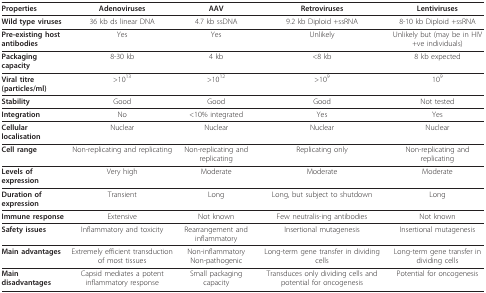
<table><thead><tr><td><b>Properties</b></td><td><b>Adenoviruses</b></td><td><b>AAV</b></td><td><b>Retroviruses</b></td><td><b>Lentiviruses</b></td></tr></thead><tbody><tr><td><b>Wild type viruses</b></td><td>36 kb ds linear DNA</td><td>4.7 kb ssDNA</td><td>9.2 kb Diploid +ssRNA</td><td>8-10 kb Diploid +ssRNA</td></tr><tr><td><b>Pre-existing host antibodies</b></td><td>Yes</td><td>Yes</td><td>Unlikely</td><td>Unlikely but (may be in HIV +ve individuals)</td></tr><tr><td><b>Packaging capacity</b></td><td>8-30 kb</td><td>4 kb</td><td>&lt;8 kb</td><td>8 kb expected</td></tr><tr><td><b>Viral titre (particles/ml)</b></td><td>&gt;10<sup>13</sup></td><td>&gt;10<sup>12</sup></td><td>&gt;10<sup>9</sup></td><td>10<sup>9</sup></td></tr><tr><td><b>Stability</b></td><td>Good</td><td>Good</td><td>Good</td><td>Not tested</td></tr><tr><td><b>Integration</b></td><td>No</td><td>&lt;10% integrated</td><td>Yes</td><td>Yes</td></tr><tr><td><b>Cellular localisation</b></td><td>Nuclear</td><td>Nuclear</td><td>Nuclear</td><td>Nuclear</td></tr><tr><td><b>Cell range</b></td><td>Non-replicating and replicating</td><td>Non-replicating and replicating</td><td>Replicating only</td><td>Non-replicating and replicating</td></tr><tr><td><b>Levels of expression</b></td><td>Very high</td><td>Moderate</td><td>Moderate</td><td>Moderate</td></tr><tr><td><b>Duration of expression</b></td><td>Transient</td><td>Long</td><td>Long, but subject to shutdown</td><td>Long</td></tr><tr><td><b>Immune response</b></td><td>Extensive</td><td>Not known</td><td>Few neutralis-ing antibodies</td><td>Not known</td></tr><tr><td><b>Safety issues</b></td><td>Inflammatory and toxicity</td><td>Rearrangement and inflammatory</td><td>Insertional mutagenesis</td><td>Insertional mutagenesis</td></tr><tr><td><b>Main advantages</b></td><td>Extremely efficient transduction of most tissues</td><td>Non-inflammatory Non-pathogenic</td><td>Long-term gene transfer in dividing cells</td><td>Long-term gene transfer in dividing cells</td></tr><tr><td><b>Main disadvantages</b></td><td>Capsid mediates a potent inflammatory response</td><td>Small packaging capacity</td><td>Transduces only dividing cells and potential for oncogenesis</td><td>Potential for oncogenesis</td></tr></tbody></table>